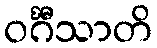
ဝင်္ဂီသာတိ